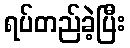
ရပ်တည်ခဲ့ပြီး